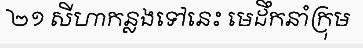
២១ សីហាកន្លងទៅនេះ មេដឹកនាំក្រុម